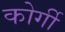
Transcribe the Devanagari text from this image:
कोर्गी